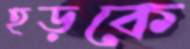
হড়কে